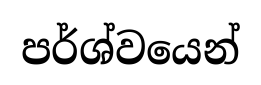
පර්ශ්වයෙන්